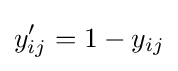
y'_{ij}=1-y_{ij}